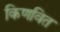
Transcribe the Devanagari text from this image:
किणवित